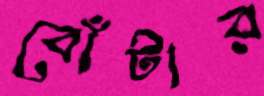
বোঁটার